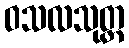
ဝသလသုတ္တ